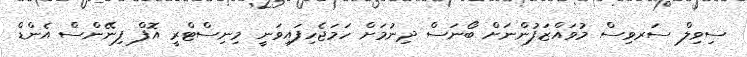
ސިވިލް ސަރވިސް މުވައްޒަފުންނަށް ބޯނަސް ދިނުމަށް ހަމަޖެހިފައިވަނީ މިނިސްޓްރީ އޮފް ފިނޭންސް އެންޑް